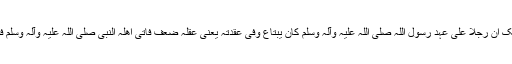
عَنْ اَنَسِ بْنِ مَالِکٍ أَنَّ رَجُلًا عَلٰی عَہْدِ رَسُوْلِ اللّٰہِ ‌صلی ‌اللہ ‌علیہ ‌وآلہ ‌وسلم کَانَ یَبْتَاعُ وَفِیْ عُقْْدَتِہِ یَعْنِیْ عَقْلِہِ ضَعْفٌ فَأَتٰی اَھْلُہُ النَّبِیَّ ‌صلی ‌اللہ ‌علیہ ‌وآلہ ‌وسلم فَقَالُوْا: یَانَبِیَّ اللّٰہِ!